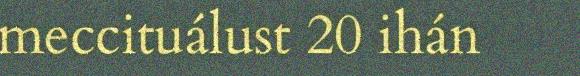
meccituálust 20 ihán